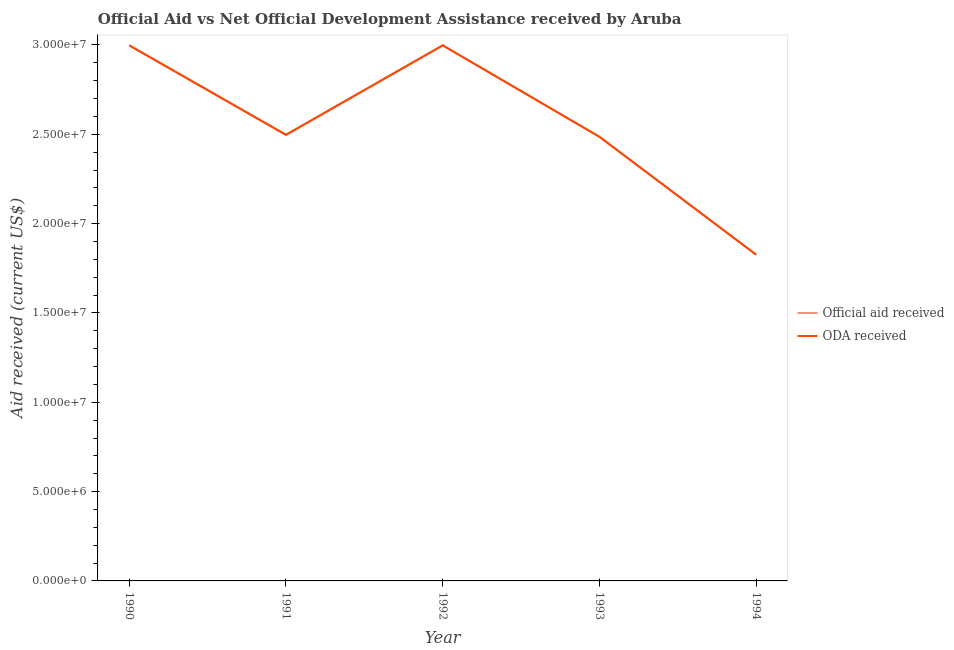
| Year | Official aid received | ODA received |
 | --- | --- | --- |
 | 1990 | 3e+07 | 3e+07 |
 | 1991 | 2.5e+07 | 2.5e+07 |
 | 1992 | 3e+07 | 3e+07 |
 | 1993 | 2.49e+07 | 2.49e+07 |
 | 1994 | 1.83e+07 | 1.83e+07 |